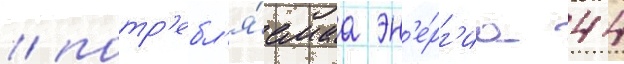
/ потр'ебл'я́емаа эн'е́рг'иа 44